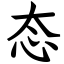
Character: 态